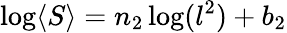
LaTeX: \log\langle S\rangle=n_{2}\log(l^{2})+b_{2}